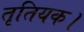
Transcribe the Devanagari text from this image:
तृतियक।